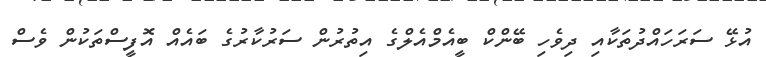
އުޅޭ ސަރަހައްދުތަކާއި ދިވެހި ބޭންކް ބީއެމްއެލްގެ އިތުރުން ސަރުކާރުގެ ބައެއް އޮފީސްތަކުން ވެސް